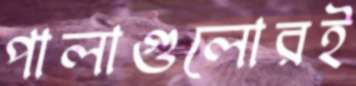
পালাগুলোরই